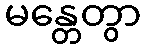
မန္တေတွာ